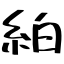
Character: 絈